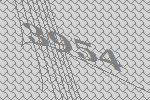
3954